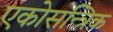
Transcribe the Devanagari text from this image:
एकोसन्त्रिक